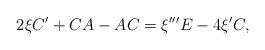
\begin{align*}2\xi C^{\prime}+CA-AC=\xi^{\prime\prime\prime}E-4\xi^{\prime}C,\end{align*}